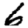
Digit: 6